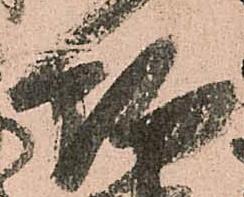
約